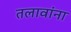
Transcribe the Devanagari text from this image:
तलावांना